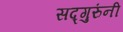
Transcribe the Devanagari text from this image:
सद्गुरुंनी